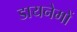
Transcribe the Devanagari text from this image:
डायनेमों